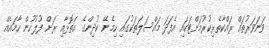
ވަނަވަރުތައް ރައްކާތެރިކުރުމަށްޓަކައި އެފަދަ މައްސަލަތަކުގައި ހިމެނޭ ކުދިންގެ އަތޮޅާއި ރަށް ފުލުހުން ހާމައެއް